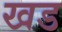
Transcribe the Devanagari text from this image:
खड